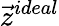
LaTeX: {\vec{z}}^{ideal}